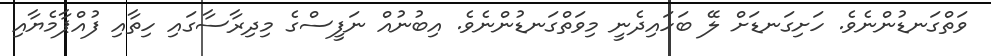
ވަތްގަނޑުންނެވެ. ހަށިގަނޑަށް ލޭ ބަހައިދެނީ މިވަތްގަނޑުންނެވެ. އިބުނުއް ނަފީސްގެ މިދިރާސާގައި ހިތާއި ފުއްޕާމެޔާއި